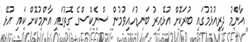
އާންމު ދިރިއުޅުމުގައި ބުރަކޮށް އުޅޭއިރު ބަނޑުހައިވުމުން ސްނެކްސްގެ ގޮތުގައި އާންމުކޮށް ކައި އުޅޭ